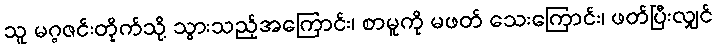
သူ မဂ္ဂဇင်းတိုက်သို့ သွားသည့်အကြောင်း၊ စာမူကို မဖတ် သေးကြောင်း၊ ဖတ်ပြီးလျှင်